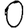
Digit: 0